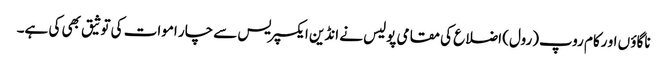
ناگاؤ ں او رکام روپ(رول) اضلاع کی مقامی پولیس نے انڈین ایکسپریس سے چار اموات کی توثیق بھی کی ہے۔